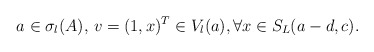
\begin{align*} a\in \sigma_l(A),\,v=(1,x)^T\in V_l(a), \forall x\in S_L(a-d,c).\end{align*}